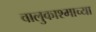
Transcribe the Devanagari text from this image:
वालुकाश्माच्या